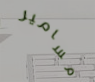
مسامير